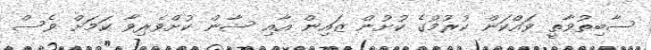
ސާބިތުވާތީ ވައްކަން ކުރުމުގެ ކުށުން ޒައިން އާއި ޝާން ކުށްވެރިވާ ކަމަށް ވެސް